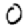
Digit: 0